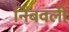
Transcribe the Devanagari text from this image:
निंबवली